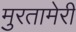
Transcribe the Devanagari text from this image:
मुरतामेरी